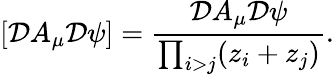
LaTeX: \left[{\cal D}A_{\mu}{\cal D}\psi\right]=\frac{{\cal D}A_{\mu}{\cal D}\psi}{\prod_{i>j}(z_{i}+z_{j})}.